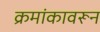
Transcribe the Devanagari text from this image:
क्रमांकावरून